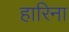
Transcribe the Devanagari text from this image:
हारिना